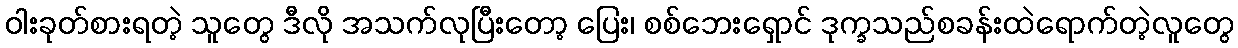
ဝါးခုတ်စားရတဲ့ သူတွေ ဒီလို အသက်လုပြီးတော့ ပြေး၊ စစ်ဘေးရှောင် ဒုက္ခသည်စခန်းထဲရောက်တဲ့လူတွေ